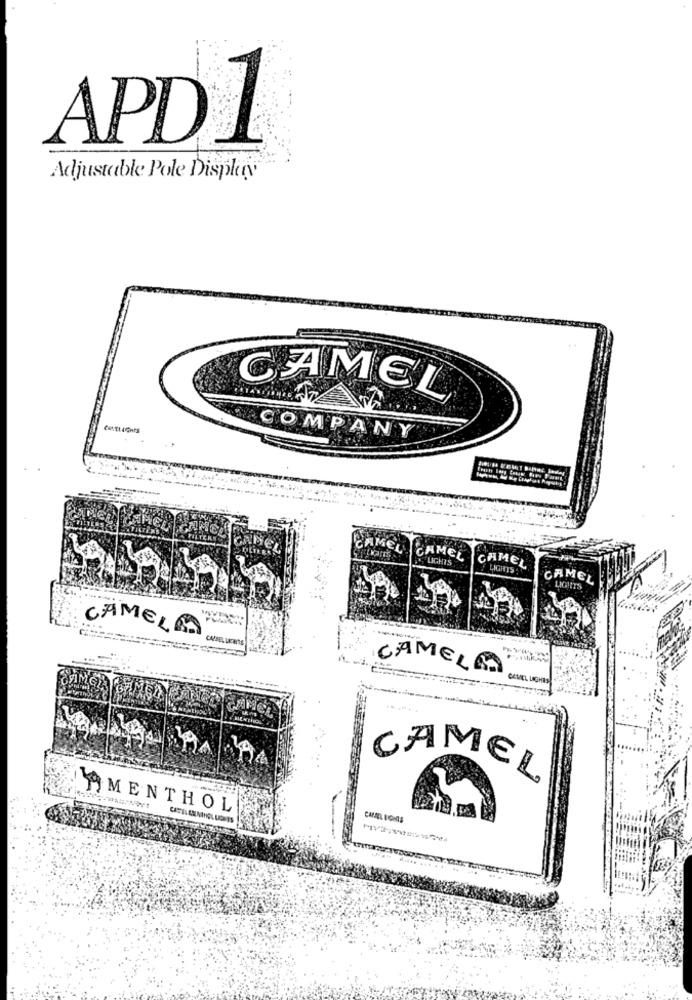
APDI
Adjustable Pole Display
CAMEL
COMPANY
EL
CAMELA CAMEL
LIGHTS
CAMEL
FLIGHTS
CAMEL
LIGHTS
CAMELA
CAMELA
CAMEL LIGHTS
CAMEL
MENTHOL